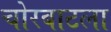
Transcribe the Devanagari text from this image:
चोरबाटला